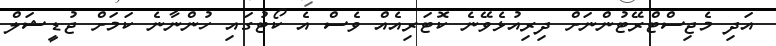
އަދި މެޖިސްޓްރޭޓުންނަށް ދިރިއުޅެވޭނެ ކޮޓަރިއެއް ވެސް އެ ކޯޓުގައި ހުންނާނެ ކަމަށް ޖުޑީޝަލް